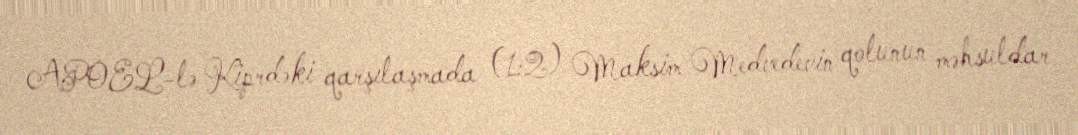
APOEL-lə Kiprdəki qarşılaşmada (1:2) Maksim Medvedevin qolunun məhsuldar